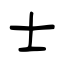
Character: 士